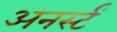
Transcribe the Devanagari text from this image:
अनर्स्टं